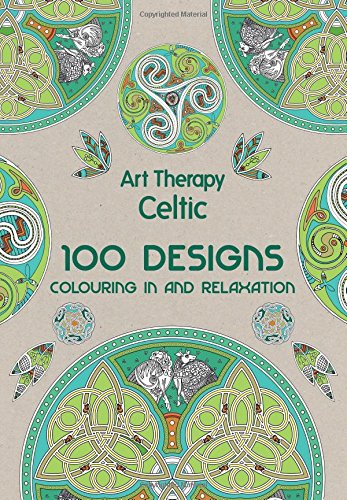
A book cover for Art Therapy: Celtic: 100 Designs, Colouring in and Relaxation; Arts & Photography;